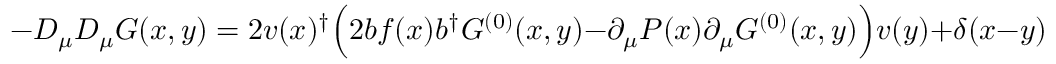
- D _ { \mu } D _ { \mu } G ( x , y ) = 2 v ( x ) ^ { \dagger } \Bigl ( 2 b f ( x ) b ^ { \dagger } G ^ { ( 0 ) } ( x , y ) - \partial _ { \mu } P ( x ) \partial _ { \mu } G ^ { ( 0 ) } ( x , y ) \Bigr ) v ( y ) + \delta ( x - y )